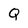
Character: Q